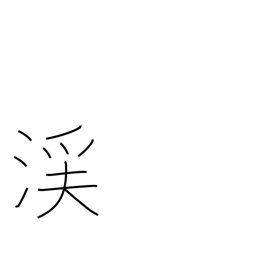
Meaning: valley